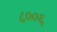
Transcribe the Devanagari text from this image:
८००६